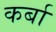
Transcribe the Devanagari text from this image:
कर्बा